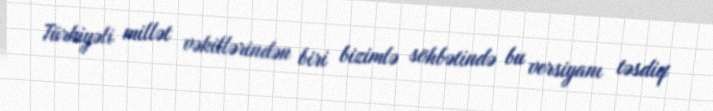
Türkiyəli millət vəkillərindən biri bizimlə söhbətində bu versiyanı təsdiq